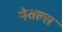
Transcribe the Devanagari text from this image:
नेवल्स